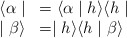
\begin{align*}\begin{array}{ll}\langle \alpha \mid & =\langle \alpha \mid h\rangle \langle h\mid \\ \mid \beta \rangle & =\mid h\rangle \langle h\mid \beta \rangle\end{array}\end{align*}